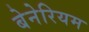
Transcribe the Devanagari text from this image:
बेनेरियम